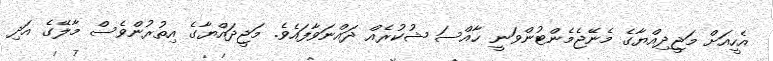
އެހީއަށް މަޖީދިއްޔާގެ މެނޭޖެމެންޓުންވަނީ ހާއްސަ ޝުކުރެއް ދައްނަވާފައެވެ. މަޖީދައްޔާގެ އިތުރުންވެސް މާލޭގެ އަދި